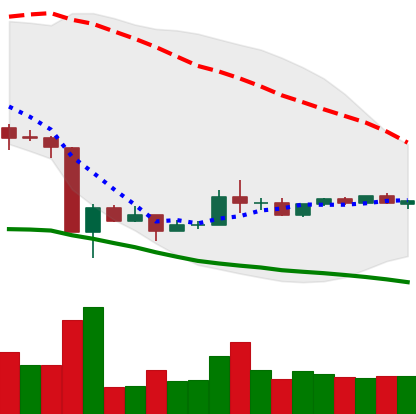
Ticker: ADA-USD
Chart end date: 2020-03-28
Forward return: 7.433%
Label: up_7plus